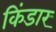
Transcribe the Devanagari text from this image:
किंडार